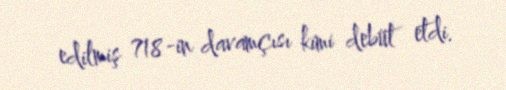
edilmiş 718-in davamçısı kimi debüt etdi.